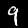
Label: 9